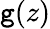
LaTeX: \mathtt{g}(z)